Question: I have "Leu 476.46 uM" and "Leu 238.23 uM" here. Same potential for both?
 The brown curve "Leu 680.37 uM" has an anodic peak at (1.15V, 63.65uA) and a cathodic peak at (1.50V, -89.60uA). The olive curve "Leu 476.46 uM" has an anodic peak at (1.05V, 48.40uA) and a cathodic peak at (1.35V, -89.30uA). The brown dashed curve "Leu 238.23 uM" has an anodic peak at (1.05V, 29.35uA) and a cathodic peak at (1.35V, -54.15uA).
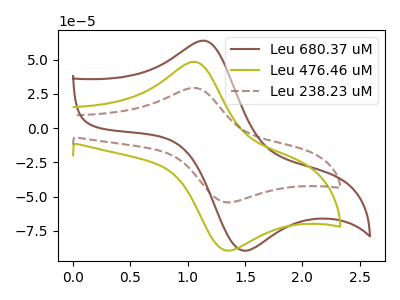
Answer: <think>All the peaks in "Leu 476.46 uM" have a peak in "Leu 238.23 uM" at the same potential. Every peak in "Leu 476.46 uM" is higher than every peak in "Leu 238.23 uM".
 </think>
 <answer>"Leu 476.46 uM" and "Leu 238.23 uM" are similar in shape.</answer>
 <eval>same_shape</eval>